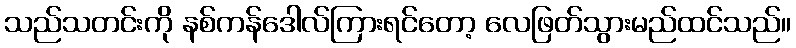
သည်သတင်းကို နစ်ကန်ဒေါလ်ကြားရင်တော့ လေဖြတ်သွားမည်ထင်သည်။